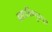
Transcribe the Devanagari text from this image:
ब्रह्माविष्णुरुद्रा